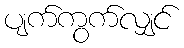
ပျက်ကွက်လျှင်